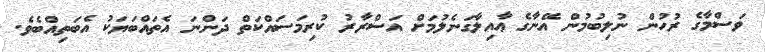
ވަސްމާގެ ރުހުން ނުލިބުމުން އޭނާގެ ޢާއިލާގަނެލުމަށް އަސްރާރު ކުރިމަސައްކަތް ދަންނަ އެތައްބަޔަކު އެބަތިއްބެވެ.